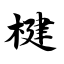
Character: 楗